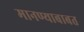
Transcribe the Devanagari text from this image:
मानण्याबाबत